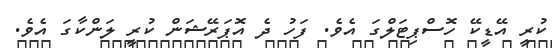
ކުރީ އޭޑީކޭ ހޮސްޕިޓަލްގަ އެވެ. ފަހު ދެ އޮޕަރޭޝަން ކުރީ ލަންކާގަ އެވެ.